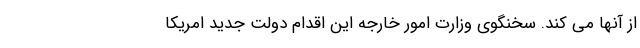
از آنها می کند. سخنگوی وزارت امور خارجه این اقدام دولت جدید امریکا